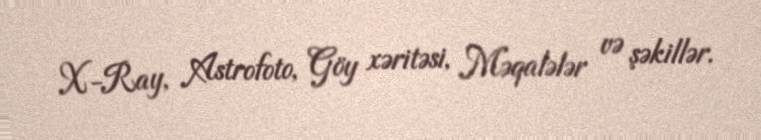
X-Ray, Astrofoto, Göy xəritəsi, Məqalələr və şəkillər.